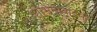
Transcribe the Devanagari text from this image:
शोभनाबाईंनी